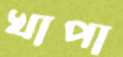
খাপা